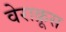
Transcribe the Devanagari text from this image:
वेराक्रूस